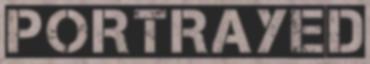
PORTRAYED